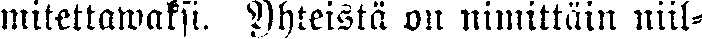
mitettawaksi. Yhteistä on nimittäin niil-